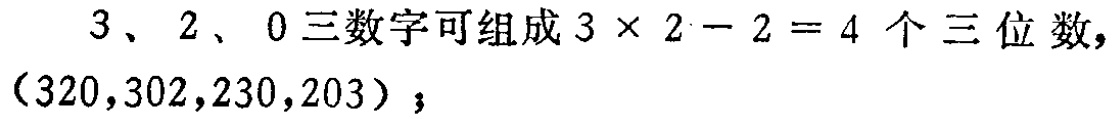
$3、2、0$三数字可组成$3\times 2 - 2 = 4$个三位数，$(320,302,230,203)$；